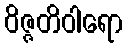
ဝိဇ္ဇတိဝါရော